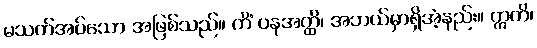
မသတ်အပ်သော အဖြစ်သည်။ ကိံ ပနအတ္ထိ၊ အဘယ်မှာရှိအံ့နည်း။ ဣတိ၊